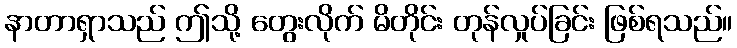
နာတာရှာသည် ဤသို့ တွေးလိုက် မိတိုင်း တုန်လှုပ်ခြင်း ဖြစ်ရသည်။